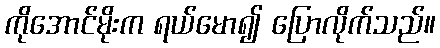
ကိုအောင်မိုးက ရယ်မော၍ ပြောလိုက်သည်။